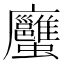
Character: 𧖇